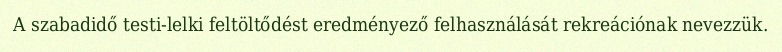
A szabadidő testi-lelki feltöltődést eredményező felhasználását rekreációnak nevezzük.